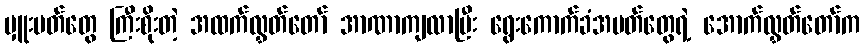
မှူးမတ်တွေ ကြီးစိုးတဲ့ အထက်လွှတ်တော် အာဏာကျလာပြီး ရွေးကောက်ခံအမတ်တွေရဲ့ အောက်လွှတ်တော်က